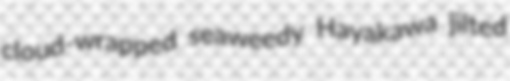
cloud-wrapped seaweedy Hayakawa jilted